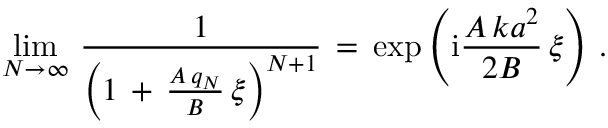
\begin{array} { l } { \displaystyle \operatorname* { l i m } _ { N \to \infty } \, \frac { 1 } { \left( 1 \, + \, \frac { A \, q _ { N } } { B } \, \xi \right) ^ { N + 1 } } \, = \, \exp \left( \mathrm { i } \frac { A \, k a ^ { 2 } } { 2 B } \, \xi \right) \, . } \end{array}